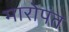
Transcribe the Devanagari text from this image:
मारोपंत